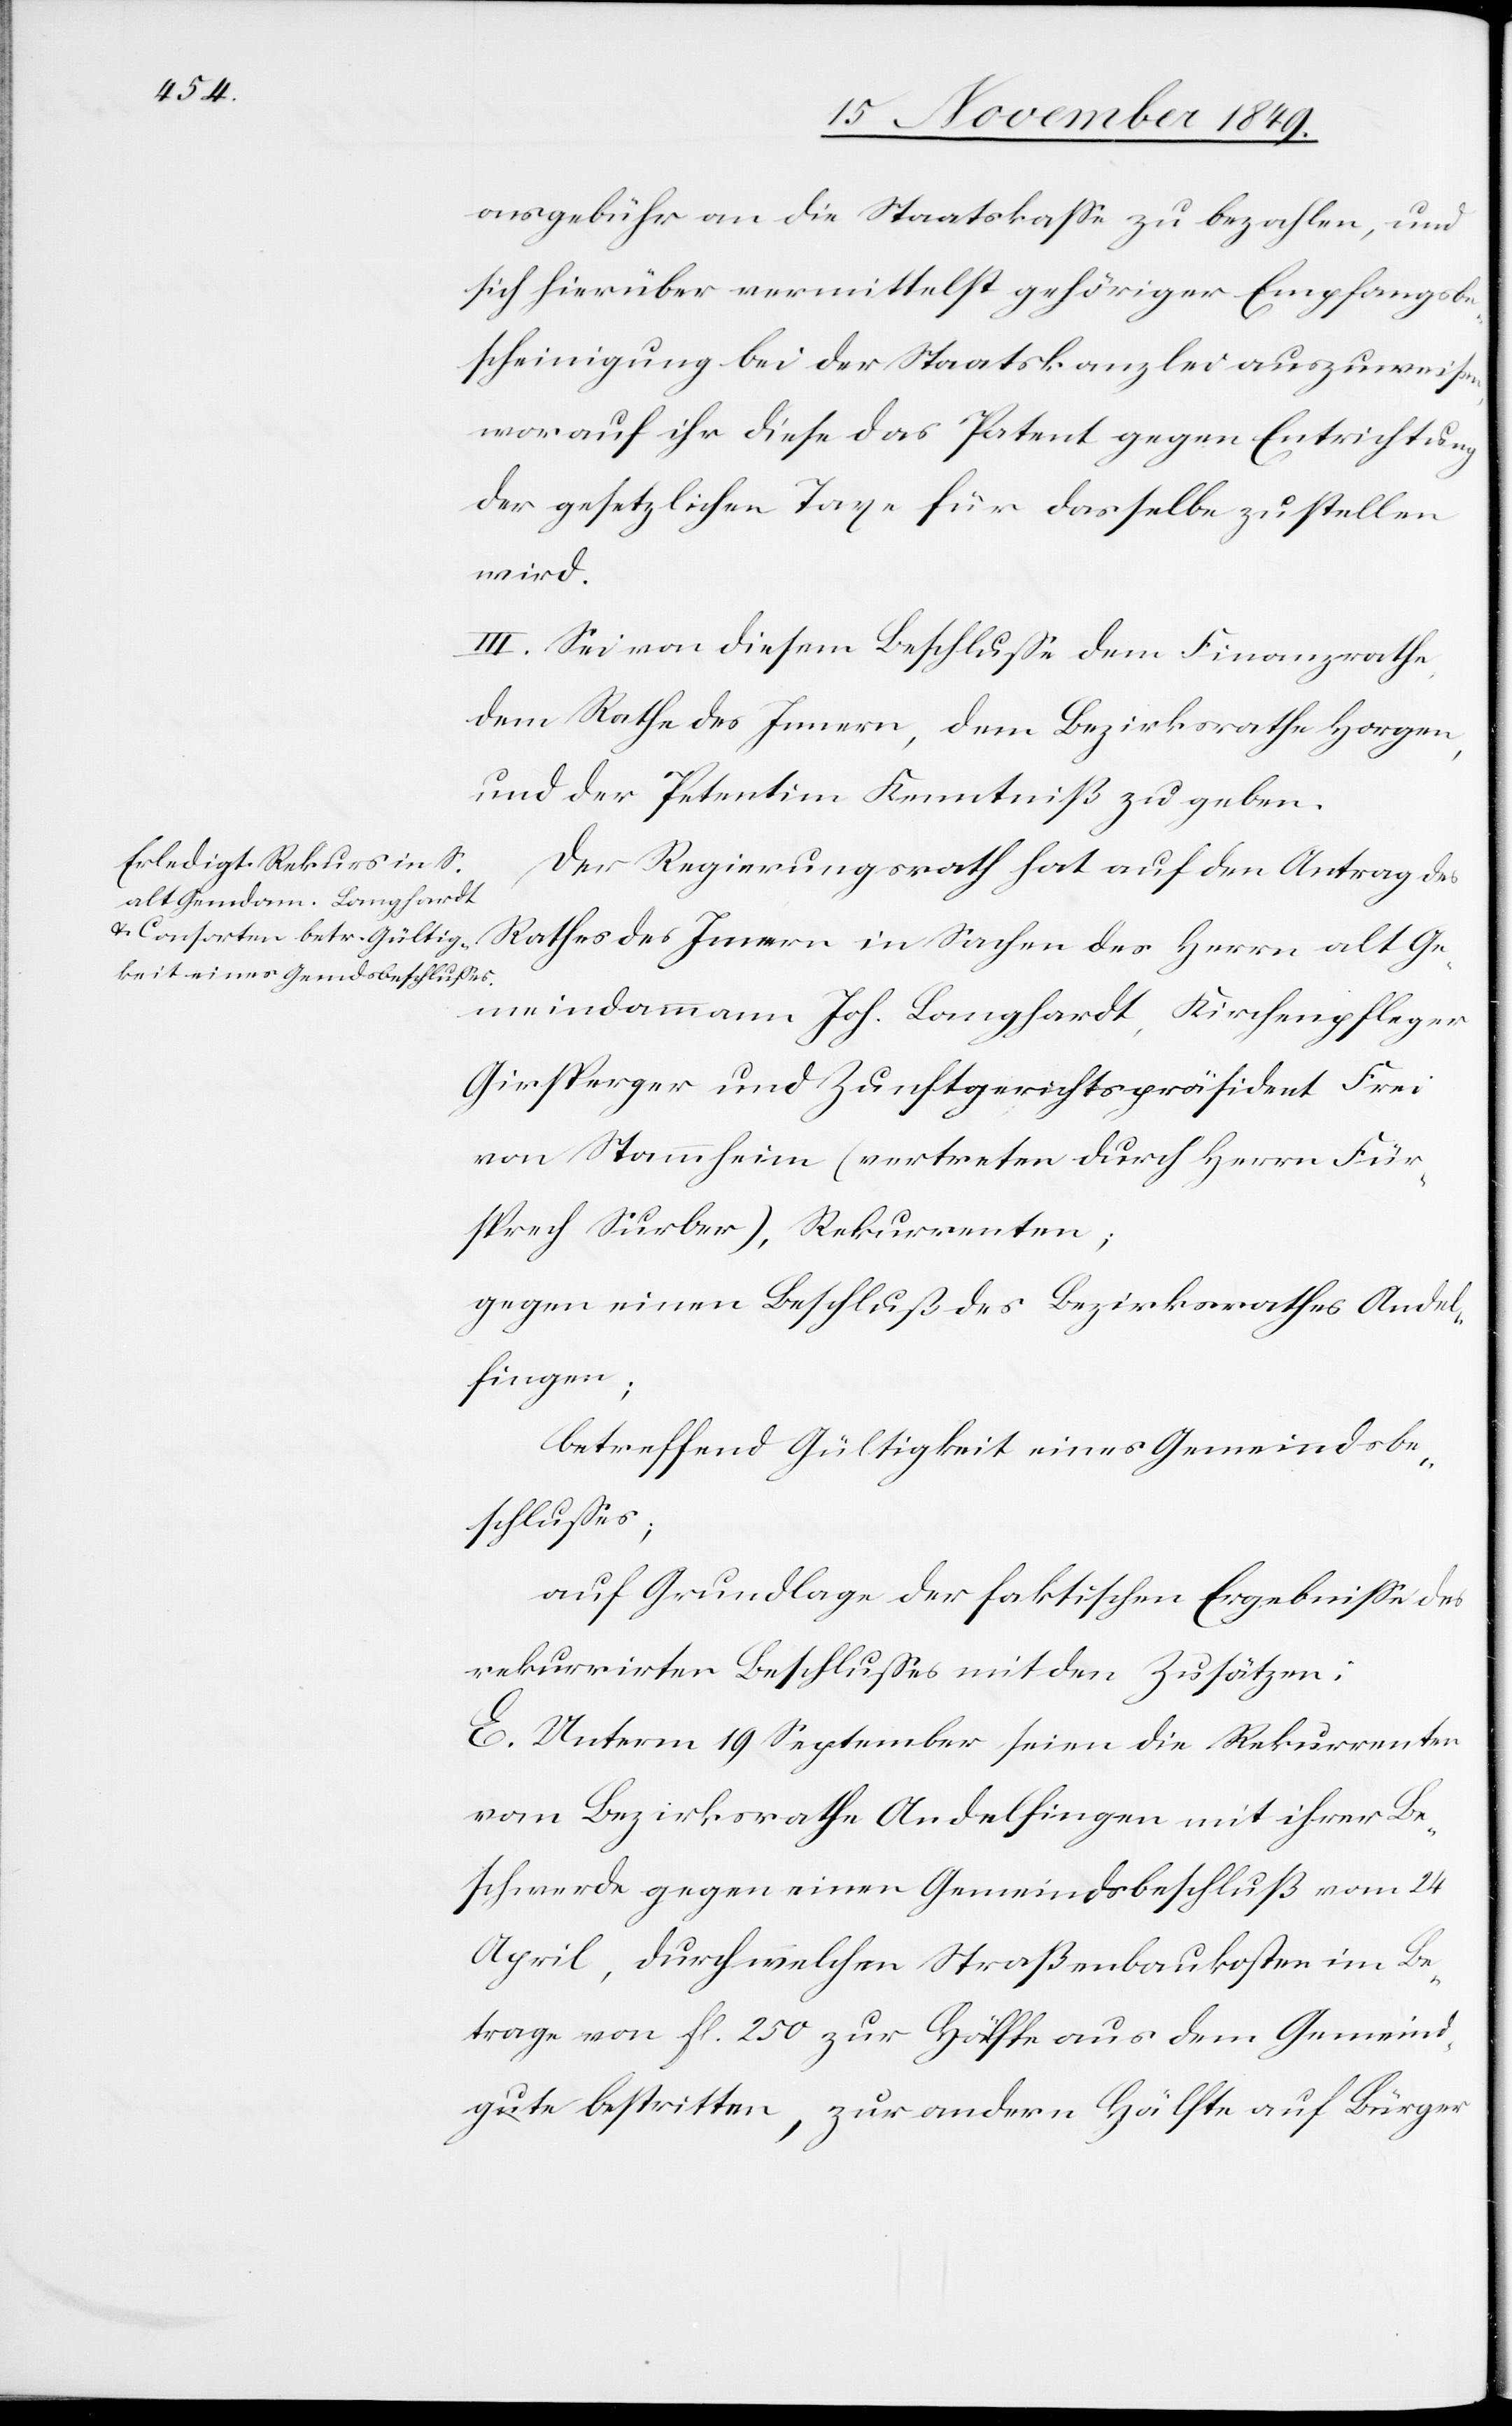
onsgebühr an die Staatskaße zu bezahlen, und
sich hierüber vermittelst gehöriger Empfangsbe¬
scheinigung bei der Staatskanzlei auszuweisen
worauf ihr diese das Patent gegen Entrichtung
der gesetzlichen Taxe für dasselbe zustellen
wird.
III. Sei von diesem Beschluße dem Finanzrathe,
dem Rathe des Innern, dem Bezirksrathe Horgen,
und der Petentin Kenntniß zu geben.
Der Regierungsrath hat auf den Antrag des
Rathes des Innern in Sachen des Herrn alt Ge¬
meindammann Joh. Langhardt, Kirchenpfleger
Girsperger und Zunftgerichtspräsident Frei
von Stammheim (vertreten durch Herrn Für¬
sprech Surber), Rekurrenten;
gegen einen Beschluß des Bezirksrathes Andel¬
fingen;
betreffend Gültigkeit eines Gemeindsbe¬
schlußes;
auf Grundlage der faktischen Ergebniße des
rekurrirten Beschlußes mit den Zusätzen:
E. Unterm 19 September seien die Rekurrenten
vom Bezirksrathe Andelfingen mit ihrer Be¬
schwerde gegen einen Gemeindsbeschluß vom 24
April, durch welchen Straßenbaukosten im Be¬
trage von fl 250 zur Hälfte aus dem Gemeind¬
gute bestritten, zur andern Hälfte auf Bürger